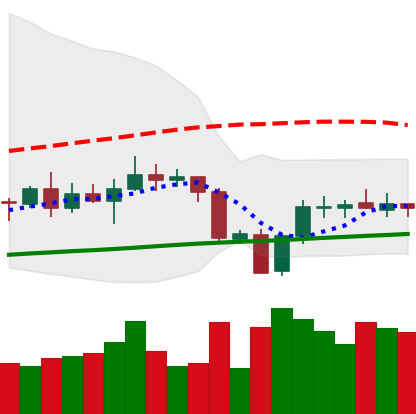
Ticker: XRP-USD
Chart end date: 2020-09-30
Forward return: 3.736%
Label: up_3_5